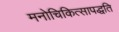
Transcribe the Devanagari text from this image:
मनोचिकित्सापद्धति